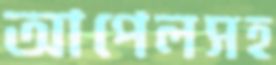
আপেলসহ